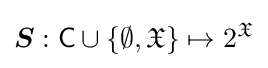
{\boldsymbol {S}}:{\mathsf {C}}\cup \{\emptyset ,{\mathfrak {X}}\}\mapsto 2^{\mathfrak {X}}